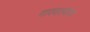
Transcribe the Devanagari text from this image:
गाववाल्यांचा